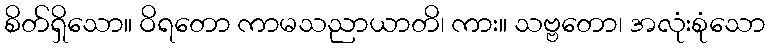
စိတ်ရှိသော။ ဝိရတော ကာမသညာယာတိ၊ ကား။ သဗ္ဗတော၊ အလုံးစုံသော